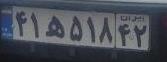
۴۱ه۵۱۸۴۲